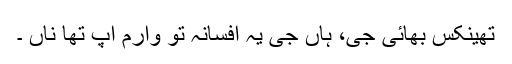
تھینکس بھائی جی، ہاں جی یہ افسانہ تو وارم اپ تھا ناں ۔